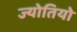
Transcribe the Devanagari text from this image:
ज्योतियो